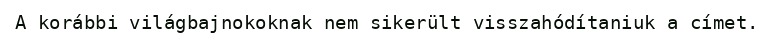
A korábbi világbajnokoknak nem sikerült visszahódítaniuk a címet.